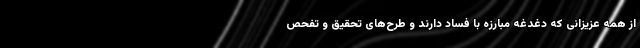
از همه عزیزانی که دغدغه مبارزه با فساد دارند و طرح‌های تحقیق و تفحص